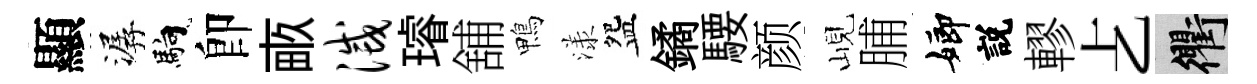
顯潺馿卽畞灭璿舖鴨漾盌鐍騕颜峴脯嫏説轇𠧒衢